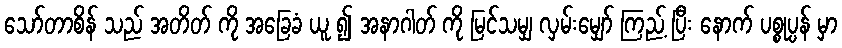
သော်တာစိန် သည် အတိတ် ကို အခြေခံ ယူ ၍ အနာဂါတ် ကို မြင်သမျှ လှမ်းမျှော် ကြည့် ပြီး နောက် ပစ္စုပ္ပန် မှာ